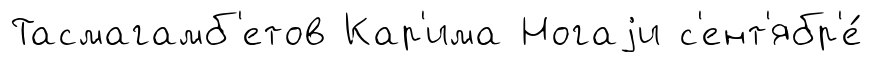
Тасмагамб'етов Кар'има Ногаjи с'ент'ябр'е́